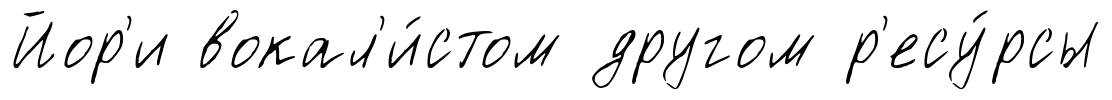
Йор'и вокал'и́стом другом р'есу́рсы